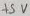
Text: +5V